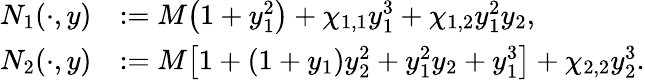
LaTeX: \begin{array}{rl}{N_{1}(\cdot,y)}&{:=M\big(1+y_{1}^{2}\big)+\chi_{1,1}y_{1}^{3}+\chi_{1,2}y_{1}^{2}y_{2},}\\ {N_{2}(\cdot,y)}&{:=M\big[1+(1+y_{1})y_{2}^{2}+y_{1}^{2}y_{2}+y_{1}^{3}\big]+\chi_{2,2}y_{2}^{3}.}\end{array}